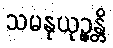
သမနုယုဉ္ဇန္တိ